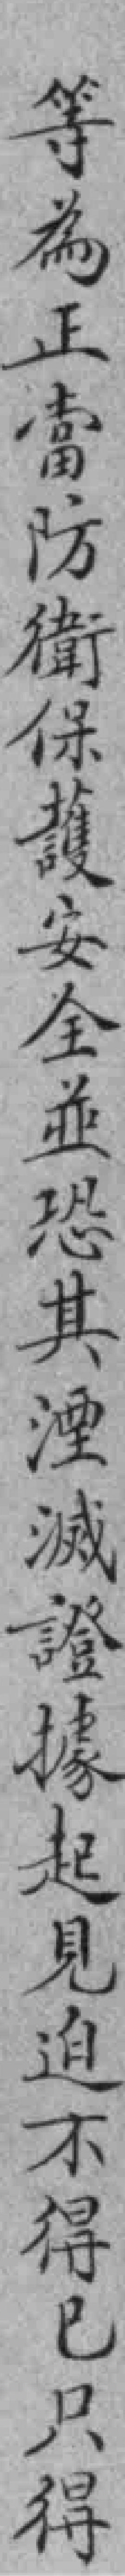
等為正當防衛保護安全並恐其湮滅證據起見迫不得已只得